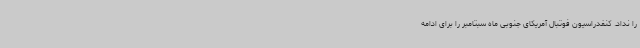
را نداد. کنفدراسیون فوتبال آمریکای جنوبی ماه سبتامبر را برای ادامه